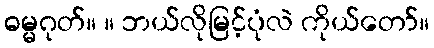
ဓမ္မဂုတ်။ ။ ဘယ်လိုမြင့်ပုံလဲ ကိုယ်တော်။